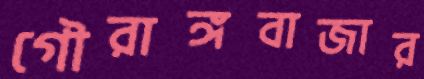
গৌরাঙ্গবাজার